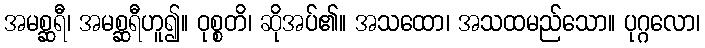
အမစ္ဆရီ၊ အမစ္ဆရီဟူ၍။ ဝုစ္စတိ၊ ဆိုအပ်၏။ အသထော၊ အသထမည်သော။ ပုဂ္ဂလော၊